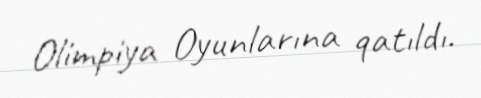
Olimpiya Oyunlarına qatıldı.